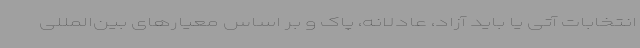
انتخابات آتی یا باید آزاد، عادلانه، پاک و بر اساس معیارهای بین‌المللی